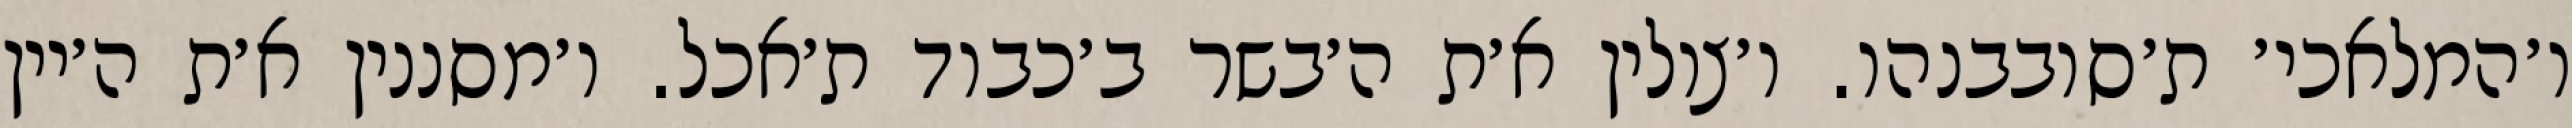
ו׳המלאכי׳ ת׳סובבנהו. ו׳צולין א׳ת ה׳בשר ב׳כבוד ת׳אכל. ו׳מסננין א׳ת ה׳יין